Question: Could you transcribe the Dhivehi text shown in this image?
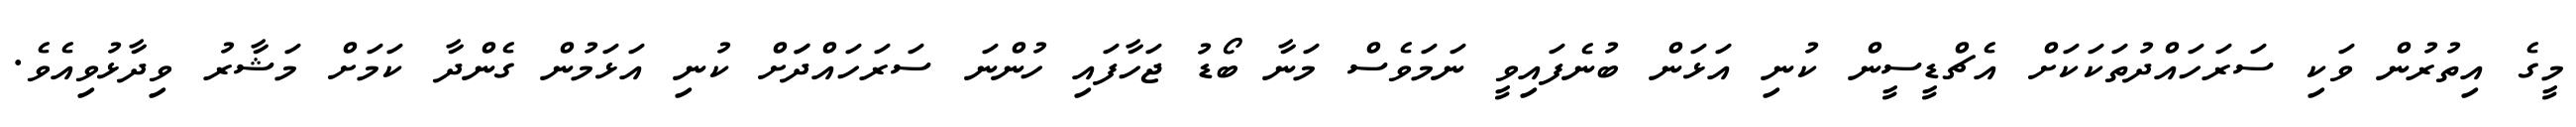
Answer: މީގެ އިތުރުން ވަކި ސަރަހައްދުތަކަކަށް އެޗްޑީސީން ކުނި އަޅަން ބުނެފައިވީ ނަމަވެސް މަނާ ބޯޑު ޖަހާފައި ހުންނަ ސަރަހައްދަަށް ކުނި އަޅަމުން ގެންދާ ކަމަށް މަޝާރު ވިދާޅުވިއެވެ.